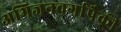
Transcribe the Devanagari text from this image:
अभिजनवर्गापैकी